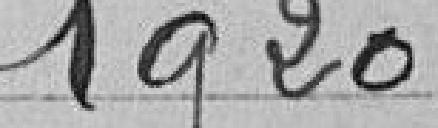
1920